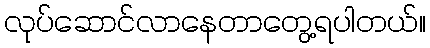
လုပ်ဆောင်လာနေတာတွေ့ရပါတယ်။